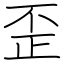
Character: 歪